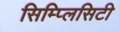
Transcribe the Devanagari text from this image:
सिम्प्लिसिटी